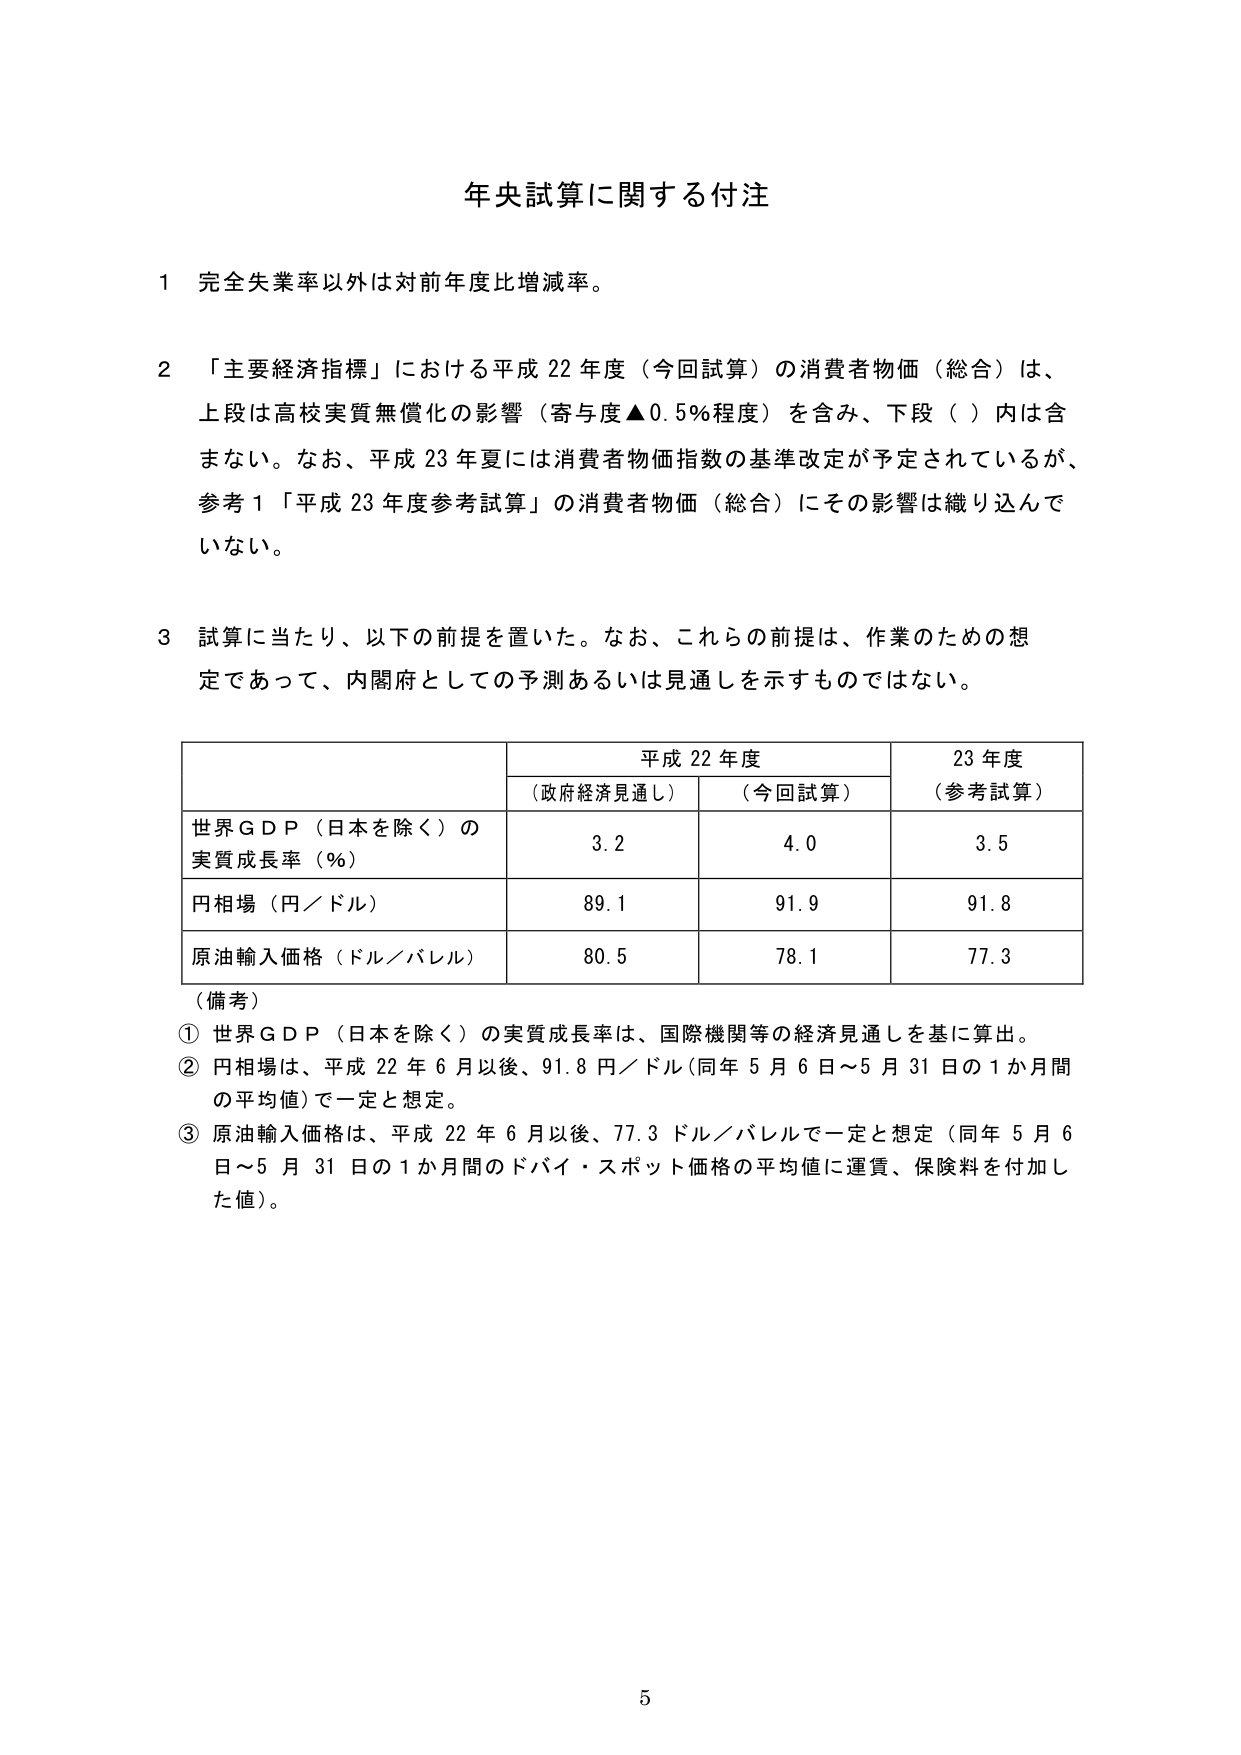
年央試算に関する付注

1 完全失業率以外は対前年度比増減率。

2 「主要経済指標」における平成22年度（今回試算）の消費者物価（総合）は、
上段は高校実質無償化の影響（寄与度▲0.5％程度）を含み、下段（）内は含
まない。なお、平成23年夏には消費者物価指数の基準改定が予定されているが、
参考1「平成23年度参考試算」の消費者物価（総合）にその影響は織り込んで
いない。

3 試算に当たり、以下の前提を置いた。なお、これらの前提は、作業のための想
定であって、内閣府としての予測あるいは見通しを示すものではない。

平成22年度 23年度
（政府経済見通し） （今回試算） （参考試算）
世界ＧＤＰ（日本を除く）の
実質成長率（％） 3.2 4.0 3.5
円相場（円／ドル） 89.1 91.9 91.8
原油輸入価格（ドル／バレル） 80.5 78.1 77.3

（備考）
① 世界ＧＤＰ（日本を除く）の実質成長率は、国際機関等の経済見通しを基に算出。
② 円相場は、平成22年6月以後、91.8円／ドル（同年5月6日～5月31日の1か月間
の平均値）で一定と想定。
③ 原油輸入価格は、平成22年6月以後、77.3ドル／バレルで一定と想定（同年5月6
日～5月31日の1か月間のドバイ・スポット価格の平均値に運賃、保険料を付加し
た値）。

5